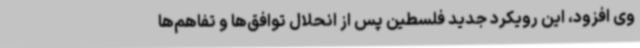
وی افزود، این رویکرد جدید فلسطین پس از انحلال توافق‌ها و تفاهم‌ها